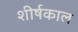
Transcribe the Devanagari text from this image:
शीर्षकाल